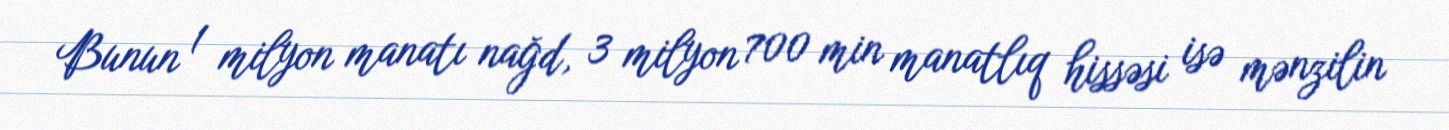
Bunun 1 milyon manatı nağd, 3 milyon 700 min manatlıq hissəsi isə mənzilin